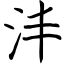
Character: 沣